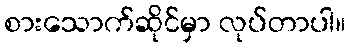
စားသောက်ဆိုင်မှာ လုပ်တာပါ။